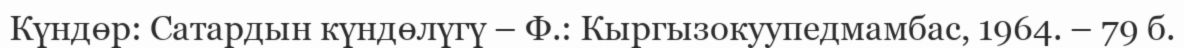
Күндөр: Сатардын күндөлүгү – Ф.: Кыргызокуупедмамбас, 1964. – 79 б.